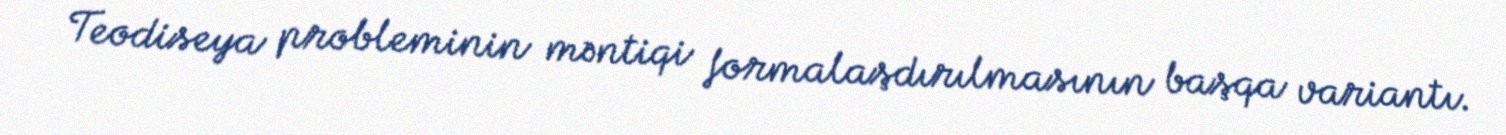
Teodiseya probleminin məntiqi formalaşdırılmasının başqa variantı.